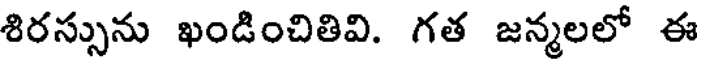
శిరస్సును ఖండించితివి. గత జన్మలలో ఈ